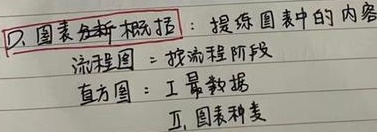
1. 图表分析概括：提炼图表中的内容
   - 流程图：按流程阶段
   - 直方图：工量数据
2. 图表种类